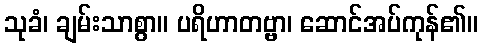
သုခံ၊ ချမ်းသာစွာ။ ပရိဟာတဗ္ဗာ၊ ဆောင်အပ်ကုန်၏။